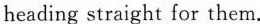
heading straight for them.